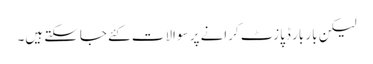
لیکن بار بار ڈپازٹ کرانے پر سوالات کئے جاسکتے ہیں۔